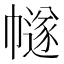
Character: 𢅕